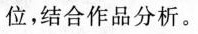
位，结合作品分析。